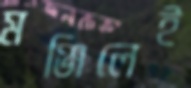
মঞ্জিলেই